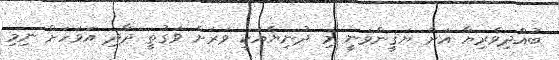
ބުއްދިވެރިޔާ އަށް ޔަޤީންވަނީ މި ދުނިޔެއަކީ ވަރަށް ވަގުތީ ދާދި އަވަހަށް ނިމި